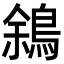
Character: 䳜